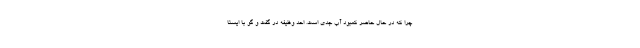
چرا که در حال ‌حاضر کمبود آب جدی است. احد وظیفه در گفت و گو با ایسنا